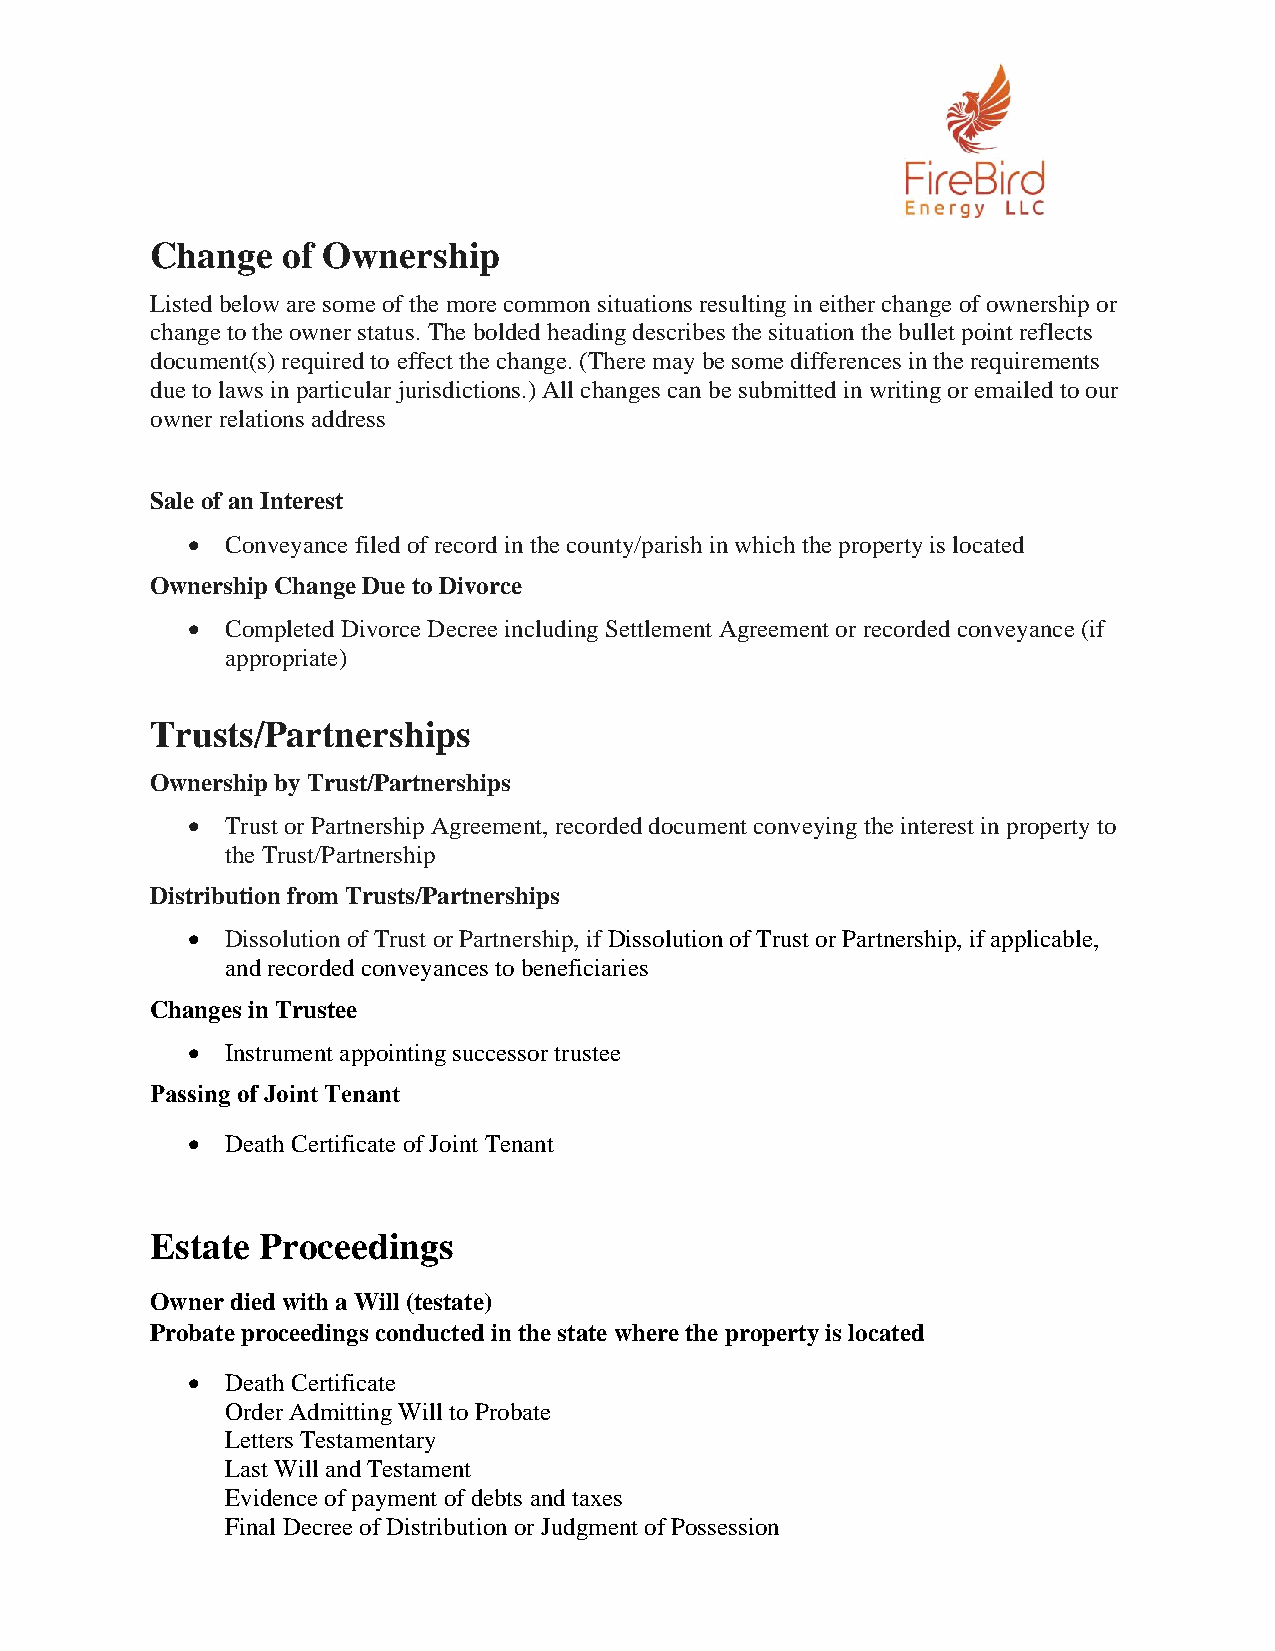
Change   of Ownership
 Listed below are some of the more common situations resulting in either change of ownership or
 change to the owner status. The bolded heading describes the situation the bullet point reflects
 document(s) required to effect the change. (There may be some differences in the requirements
 due to laws in particular jurisdictions.) All changes can be submitted in writing or emailed to our
 owner relations address
 Sale of an Interest
 •  Conveyance filed of record in the county/parish in which the property is located
 Ownership Change Due to Divorce
 •  Completed Divorce Decree including Settlement Agreement or recorded conveyance (if
 appropriate)
 Trusts/Partnerships
 Ownership by Trust/Partnerships
 •  Trust or Partnership Agreement, recorded document conveying the interest in property to
 the Trust/Partnership
 Distribution from Trusts/Partnerships
 •  Dissolution of Trust or Partnership, if Dissolution of Trust or Partnership, if applicable,
 and recorded conveyances to beneficiaries
 Changes in Trustee
 •  Instrument appointing successor trustee
 Passing of Joint Tenant
 •  Death Certificate of Joint Tenant
 Estate Proceedings
 Owner died with a Will (testate)
 Probate proceedings conducted in the state where the property is located
 •  Death Certificate
 Order Admitting Will to Probate
 Letters Testamentary
 Last Will and Testament
 Evidence of payment of debts and taxes
 Final Decree of Distribution or Judgment of Possession